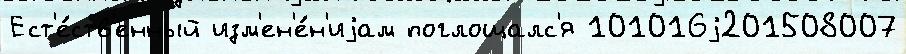
Ест'е́ств'енный изм'ен'е́н'иjам поглощалс'я 101016j201508007